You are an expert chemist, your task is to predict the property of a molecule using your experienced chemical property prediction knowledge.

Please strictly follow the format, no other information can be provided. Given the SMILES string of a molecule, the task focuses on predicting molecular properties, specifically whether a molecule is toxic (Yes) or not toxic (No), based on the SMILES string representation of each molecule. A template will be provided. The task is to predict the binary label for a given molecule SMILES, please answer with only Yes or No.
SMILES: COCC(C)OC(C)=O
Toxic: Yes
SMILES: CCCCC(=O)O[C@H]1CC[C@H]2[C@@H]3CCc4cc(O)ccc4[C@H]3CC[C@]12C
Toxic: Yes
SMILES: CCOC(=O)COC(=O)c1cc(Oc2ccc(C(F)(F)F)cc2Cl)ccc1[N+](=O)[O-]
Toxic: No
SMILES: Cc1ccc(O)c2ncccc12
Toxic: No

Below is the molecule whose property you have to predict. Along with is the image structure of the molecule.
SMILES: CN1CCCN(C(c2ccccc2)c2ccc(Cl)cc2)CC1
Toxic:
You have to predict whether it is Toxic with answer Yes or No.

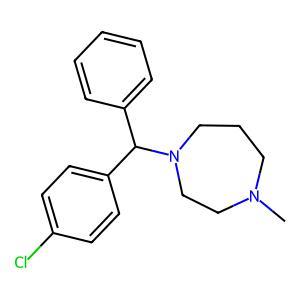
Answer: No